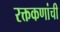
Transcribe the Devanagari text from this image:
रक्तकणांची